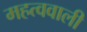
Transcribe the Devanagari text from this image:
महत्ववाली